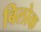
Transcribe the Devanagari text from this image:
बिलोक